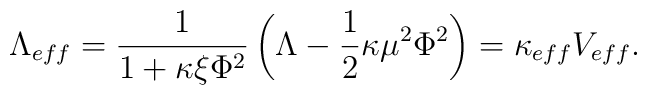
\Lambda _{eff}=\frac{1}{1+\kappa \xi \Phi ^{2}} \left( \Lambda-\frac{1}{2}\kappa \mu ^{2}\Phi ^{2}\right)=\kappa _{eff} V_{eff}.